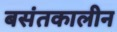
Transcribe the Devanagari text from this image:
बसंतकालीन